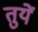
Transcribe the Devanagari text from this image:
तुयें